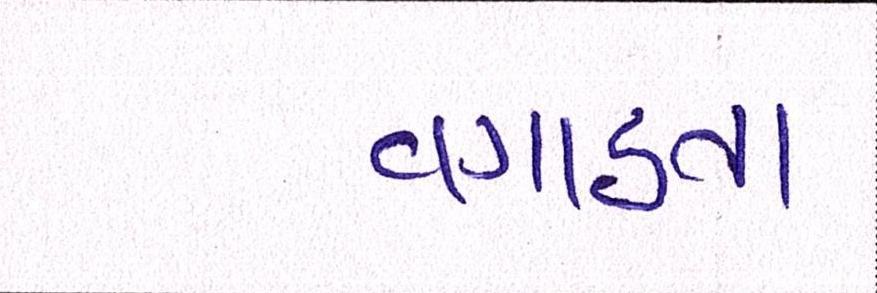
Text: વગાડતા